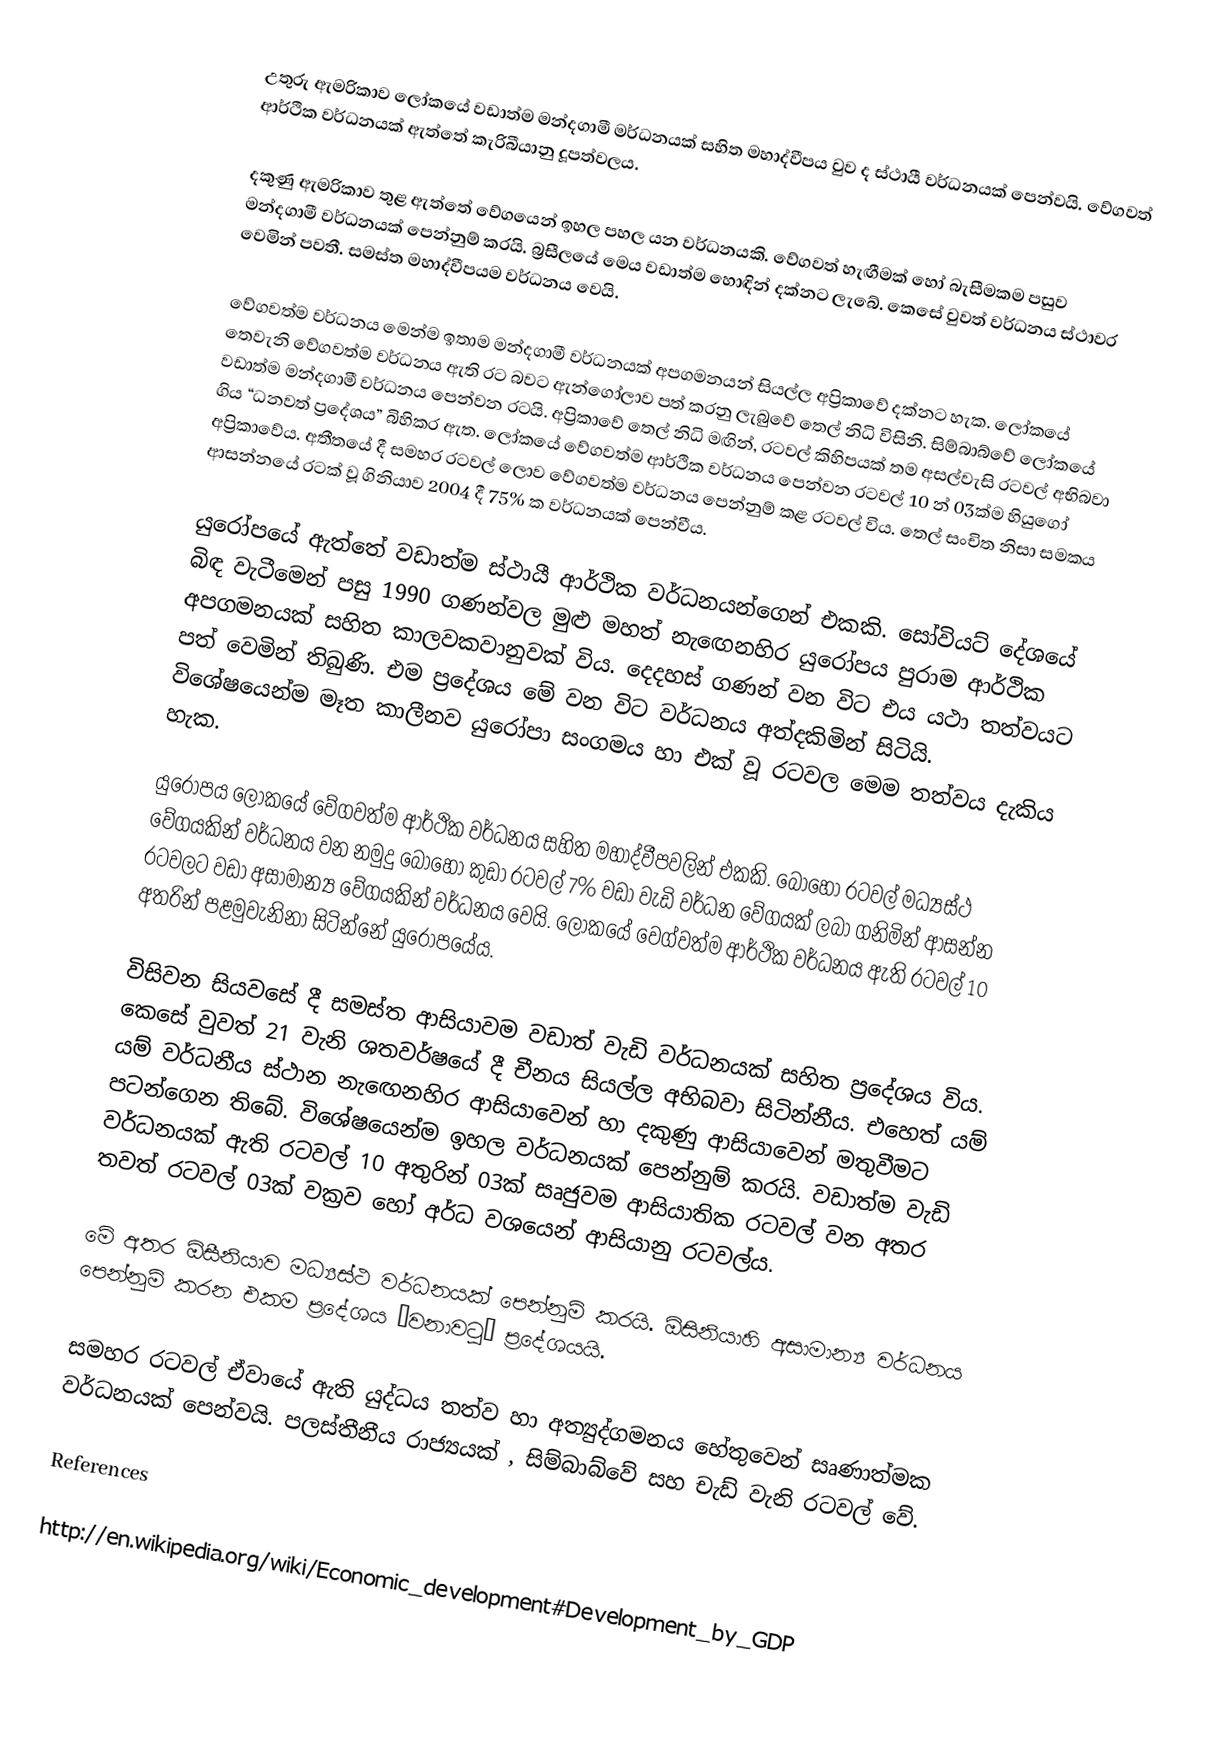
උතුරු ඇමරිකාව ලෝකයේ වඩාත්ම මන්දගාමී මර්ධනයක් සහිත මහාද්වීපය වුව ද ස්ථායී වර්ධනයක් පෙන්වයි. වේගවත් ආර්ථික වර්ධනයක් ඇත්තේ කැරිබීයානු දූපත්වලය.

දකුණු ඇමරිකාව තුළ ඇත්තේ වේගයෙන් ඉහල පහල යන වර්ධනයකි. වේගවත් හැඟීමක් හෝ බැසීමකම පසුව මන්දගාමී වර්ධනයක් පෙන්නුම් කරයි. බ්‍රසීලයේ මෙය වඩාත්ම හොඳින් දක්නට ලැබේ. කෙසේ වුවත් වර්ධනය ස්ථාවර වෙමින් පවතී. සමස්ත මහාද්වීපයම වර්ධනය වෙයි.

වේගවත්ම වර්ධනය මෙන්ම ඉතාම මන්දගාමී වර්ධනයක් අපගමනයන් සියල්ල අප්‍රිකාවේ දක්නට හැක. ලෝකයේ තෙවැනි වේගවත්ම වර්ධනය ඇති රට බවට ඇන්ගෝලාව පත් කරනු ලැබුවේ තෙල් නිධි විසිනි. සිම්බාබ්වේ ලෝකයේ වඩාත්ම මන්දගාමී වර්ධනය පෙන්වන රටයි. අප්‍රිකාවේ තෙල් නිධි මඟින්, රටවල් කිහිපයක් තම අසල්වැසි රටවල් අභිබවා ගිය “ධනවත් ප්‍රදේශය” බිහිකර ඇත. ලෝකයේ වේගවත්ම ආර්ථික වර්ධනය පෙන්වන රටවල් 10 න් 03ක්ම හියුගෝ අප්‍රිකාවේය. අතීතයේ දී සමහර රටවල් ලොව වේගවත්ම වර්ධනය පෙන්නුම් කළ රටවල් විය. තෙල් සංචිත නිසා සමකය ආසන්නයේ රටක් වූ ගිනියාව 2004 දී 75% ක වර්ධනයක් පෙන්වීය.

යුරෝපයේ ඇත්තේ වඩාත්ම ස්ථායී ආර්ථික වර්ධනයන්ගෙන් එකකි. සෝවියට් දේශයේ බිඳ වැටීමෙන් පසු 1990 ගණන්වල මුළු මහත් නැ‍ඟෙනහිර යුරෝපය පුරාම ආර්ථික අපගමනයක් සහිත කාලවකවානුවක් විය. දෙදහස් ගණන් වන විට එය යථා තත්වයට පත් වෙමින් තිබුණි. එම ප්‍රදේශය මේ වන විට වර්ධනය අත්දකිමින් සිටියි. විශේෂයෙන්ම මෑත කාලීනව යුරෝපා සංගමය හා එක් වූ රටවල මෙම තත්වය දැකිය හැක.

යුරෝපය ලෝකයේ වේගවත්ම ආර්ථික වර්ධනය සහිත මහාද්වීපවලින් එකකි. බොහෝ රටවල් මධ්‍යස්ථ වේගයකින් වර්ධනය වන නමුදු  බොහෝ කුඩා රටවල් 7% වඩා වැඩි වර්ධන වේගයක් ලබා ගනිමින් ආසන්න රටවලට වඩා අසාමාන්‍ය වේගයකින් වර්ධනය වෙයි. ලෝකයේ වෙග්වත්ම ආර්ථික වර්ධනය ඇති රටවල් 10 අතරින් පළමුවැනිනා සිටින්නේ යුරෝපයේය.

විසිවන සියවසේ දී සමස්ත ආසියාවම වඩාත් වැඩි වර්ධනයක් සහිත ප්‍රදේශය විය. කෙසේ වුවත් 21 වැනි ශතවර්ෂයේ දී චීනය සියල්ල අභිබවා සිටින්නීය. එහෙත් යම් යම් වර්ධනීය ස්ථාන නැ‍ඟෙනහිර ආසියාවෙන් හා දකුණු ආසියාවෙන් මතුවීමට පටන්ගෙන තිබේ. විශේෂයෙන්ම ඉහල වර්ධනයක් පෙන්නුම් කරයි. වඩාත්ම වැඩි වර්ධනයක් ඇති රටවල් 10 අතුරින් 03ක් සෘජුවම ආසියාතික රටවල් වන අතර තවත් රටවල් 03ක් වක්‍රව හෝ අර්ධ වශයෙන් ආසියානු රටවල්ය.

මේ අතර ඕසීනියාව මධ්‍යස්ථ වර්ධනයක් පෙන්නුම් කරයි. ඕසිනියාහි අසාමාන්‍ය වර්ධනය පෙන්නුම් කරන එකම ප්‍රදේශය “වනාවටු” ප්‍රදේශයයි.

සමහර රටවල් ඒවායේ ඇති යුද්ධය තත්ව හා අත්‍යුද්ගමනය හේතුවෙන් සෘණාත්මක වර්ධනයක් පෙන්වයි. පලස්තීනීය රාජ්‍යයක් , සිම්බාබ්වේ සහ චැඩ් වැනි රටවල් වේ.

References

http://en.wikipedia.org/wiki/Economic_development#Development_by_GDP